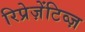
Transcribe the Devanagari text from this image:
रिप्रेज़ेंटिव्ज़